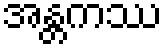
အန္တကဿ